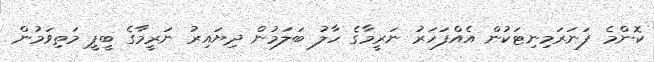
ކޮންމެ ފަނަރަމިނިޓަކުން އެއްފަހަރު ނަރީމާގެ ހާލު ބަލަމުން ދިޔައިރު ނަރީމާގެ ބީޕީ މަތިވަމުން